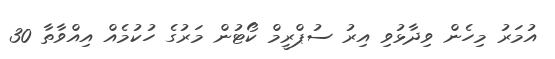
އުމަރު މިހެން ވިދާޅުވި އިރު ސުޕްރީމް ކޯޓުން މަރުގެ ހުކުމެއް އިއްވާތާ 30